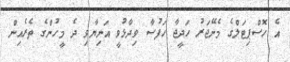
އެ ހޮސްޕިޓަލްގެ މެނޭޖަރު ހަދީޖާ ހަފުސާ ވިދާޅުވީ އަނިޔާވި ދެ މީހުންގެ ތެރެއިން